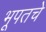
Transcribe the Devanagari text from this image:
भूपतचे